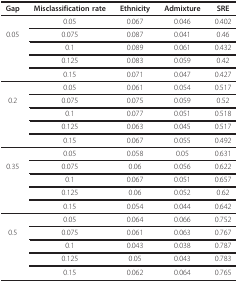
<table><thead><tr><td><b>Gap</b></td><td><b>Misclassification rate</b></td><td><b>Ethnicity</b></td><td><b>Admixture</b></td><td><b>SRE</b></td></tr></thead><tbody><tr><td></td><td>0.05</td><td>0.067</td><td>0.046</td><td>0.402</td></tr><tr><td>0.05</td><td>0.075</td><td>0.087</td><td>0.041</td><td>0.46</td></tr><tr><td></td><td>0.1</td><td>0.089</td><td>0.061</td><td>0.432</td></tr><tr><td></td><td>0.125</td><td>0.083</td><td>0.059</td><td>0.42</td></tr><tr><td></td><td>0.15</td><td>0.071</td><td>0.047</td><td>0.427</td></tr><tr><td></td><td>0.05</td><td>0.061</td><td>0.054</td><td>0.517</td></tr><tr><td>0.2</td><td>0.075</td><td>0.075</td><td>0.059</td><td>0.52</td></tr><tr><td></td><td>0.1</td><td>0.077</td><td>0.051</td><td>0.518</td></tr><tr><td></td><td>0.125</td><td>0.063</td><td>0.045</td><td>0.517</td></tr><tr><td></td><td>0.15</td><td>0.067</td><td>0.055</td><td>0.492</td></tr><tr><td></td><td>0.05</td><td>0.058</td><td>0.05</td><td>0.631</td></tr><tr><td>0.35</td><td>0.075</td><td>0.06</td><td>0.056</td><td>0.622</td></tr><tr><td></td><td>0.1</td><td>0.067</td><td>0.051</td><td>0.657</td></tr><tr><td></td><td>0.125</td><td>0.06</td><td>0.052</td><td>0.62</td></tr><tr><td></td><td>0.15</td><td>0.054</td><td>0.044</td><td>0.642</td></tr><tr><td></td><td>0.05</td><td>0.064</td><td>0.066</td><td>0.752</td></tr><tr><td>0.5</td><td>0.075</td><td>0.061</td><td>0.063</td><td>0.767</td></tr><tr><td></td><td>0.1</td><td>0.043</td><td>0.038</td><td>0.787</td></tr><tr><td></td><td>0.125</td><td>0.05</td><td>0.043</td><td>0.783</td></tr><tr><td></td><td>0.15</td><td>0.062</td><td>0.064</td><td>0.765</td></tr></tbody></table>